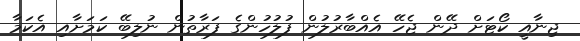
ޖިނާއީ ކޯޓަށް ދޭން ޖެހޭ އެއްބާރުލުން ފުލުހުންގެ ފަރާތުން ނުލިބޭ ކަމަށާއި އެކަމާ